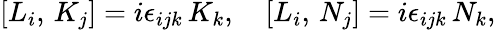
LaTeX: [L_{i},\, K_{j}]=i\epsilon_{ijk}\, K_{k},\quad[L_{i},\, N_{j}]=i\epsilon_{ijk}\, N_{k},